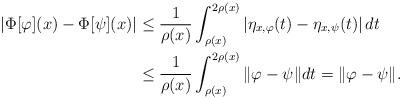
LaTeX: \begin{align*} |\Phi[\varphi](x)-\Phi[\psi](x)| &\leq \frac1{\rho({x})}\int_{\rho({x})}^{2\rho({x})} \left|\eta_{x,\varphi}(t) - \eta_{x,\psi}(t)\right| dt\\ &\leq \frac1{\rho({x})}\int_{\rho({x})}^{2\rho({x})} \|\varphi - \psi\| dt=\|\varphi-\psi\|.\end{align*}